画像に写った文字を読んでください
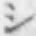
「シ」と書いてあります